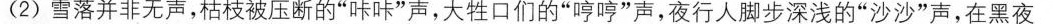
(2)雪落并非无声，枯枝被压断的”咔咔”声，大性口们的”哼哼”声，夜行人脚步深浅的”沙沙”声，在黑夜